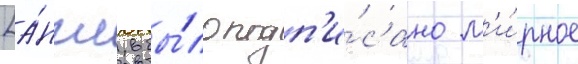
[а́нгл. бы́ло подп'и́сано м'и́рное